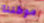
موطننا